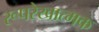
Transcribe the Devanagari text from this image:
रूपरेखात्मक